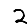
Digit: 2